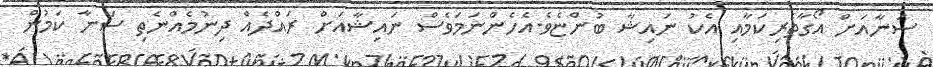
ސަނާއަށް އޯގާތެރިކަމާއި އެކު ނައިޝާ ބުންޏެވެ.އެހެންނަމަވެސް ނައިޝާއަށް ރައްދެއް ދިނުމެއްނެތި ސަނާ ކަމުން